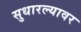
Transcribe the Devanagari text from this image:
सुधारल्यावर